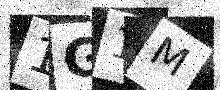
Text: 1G1M